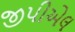
જીપીએલ